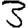
Digit: 3